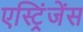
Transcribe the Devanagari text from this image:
एस्ट्रिंजेंस